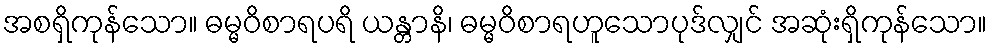
အစရှိကုန်သော။ ဓမ္မဝိစာရပရိ ယန္တာနိ၊ ဓမ္မဝိစာရဟူသောပုဒ်လျှင် အဆုံးရှိကုန်သော။